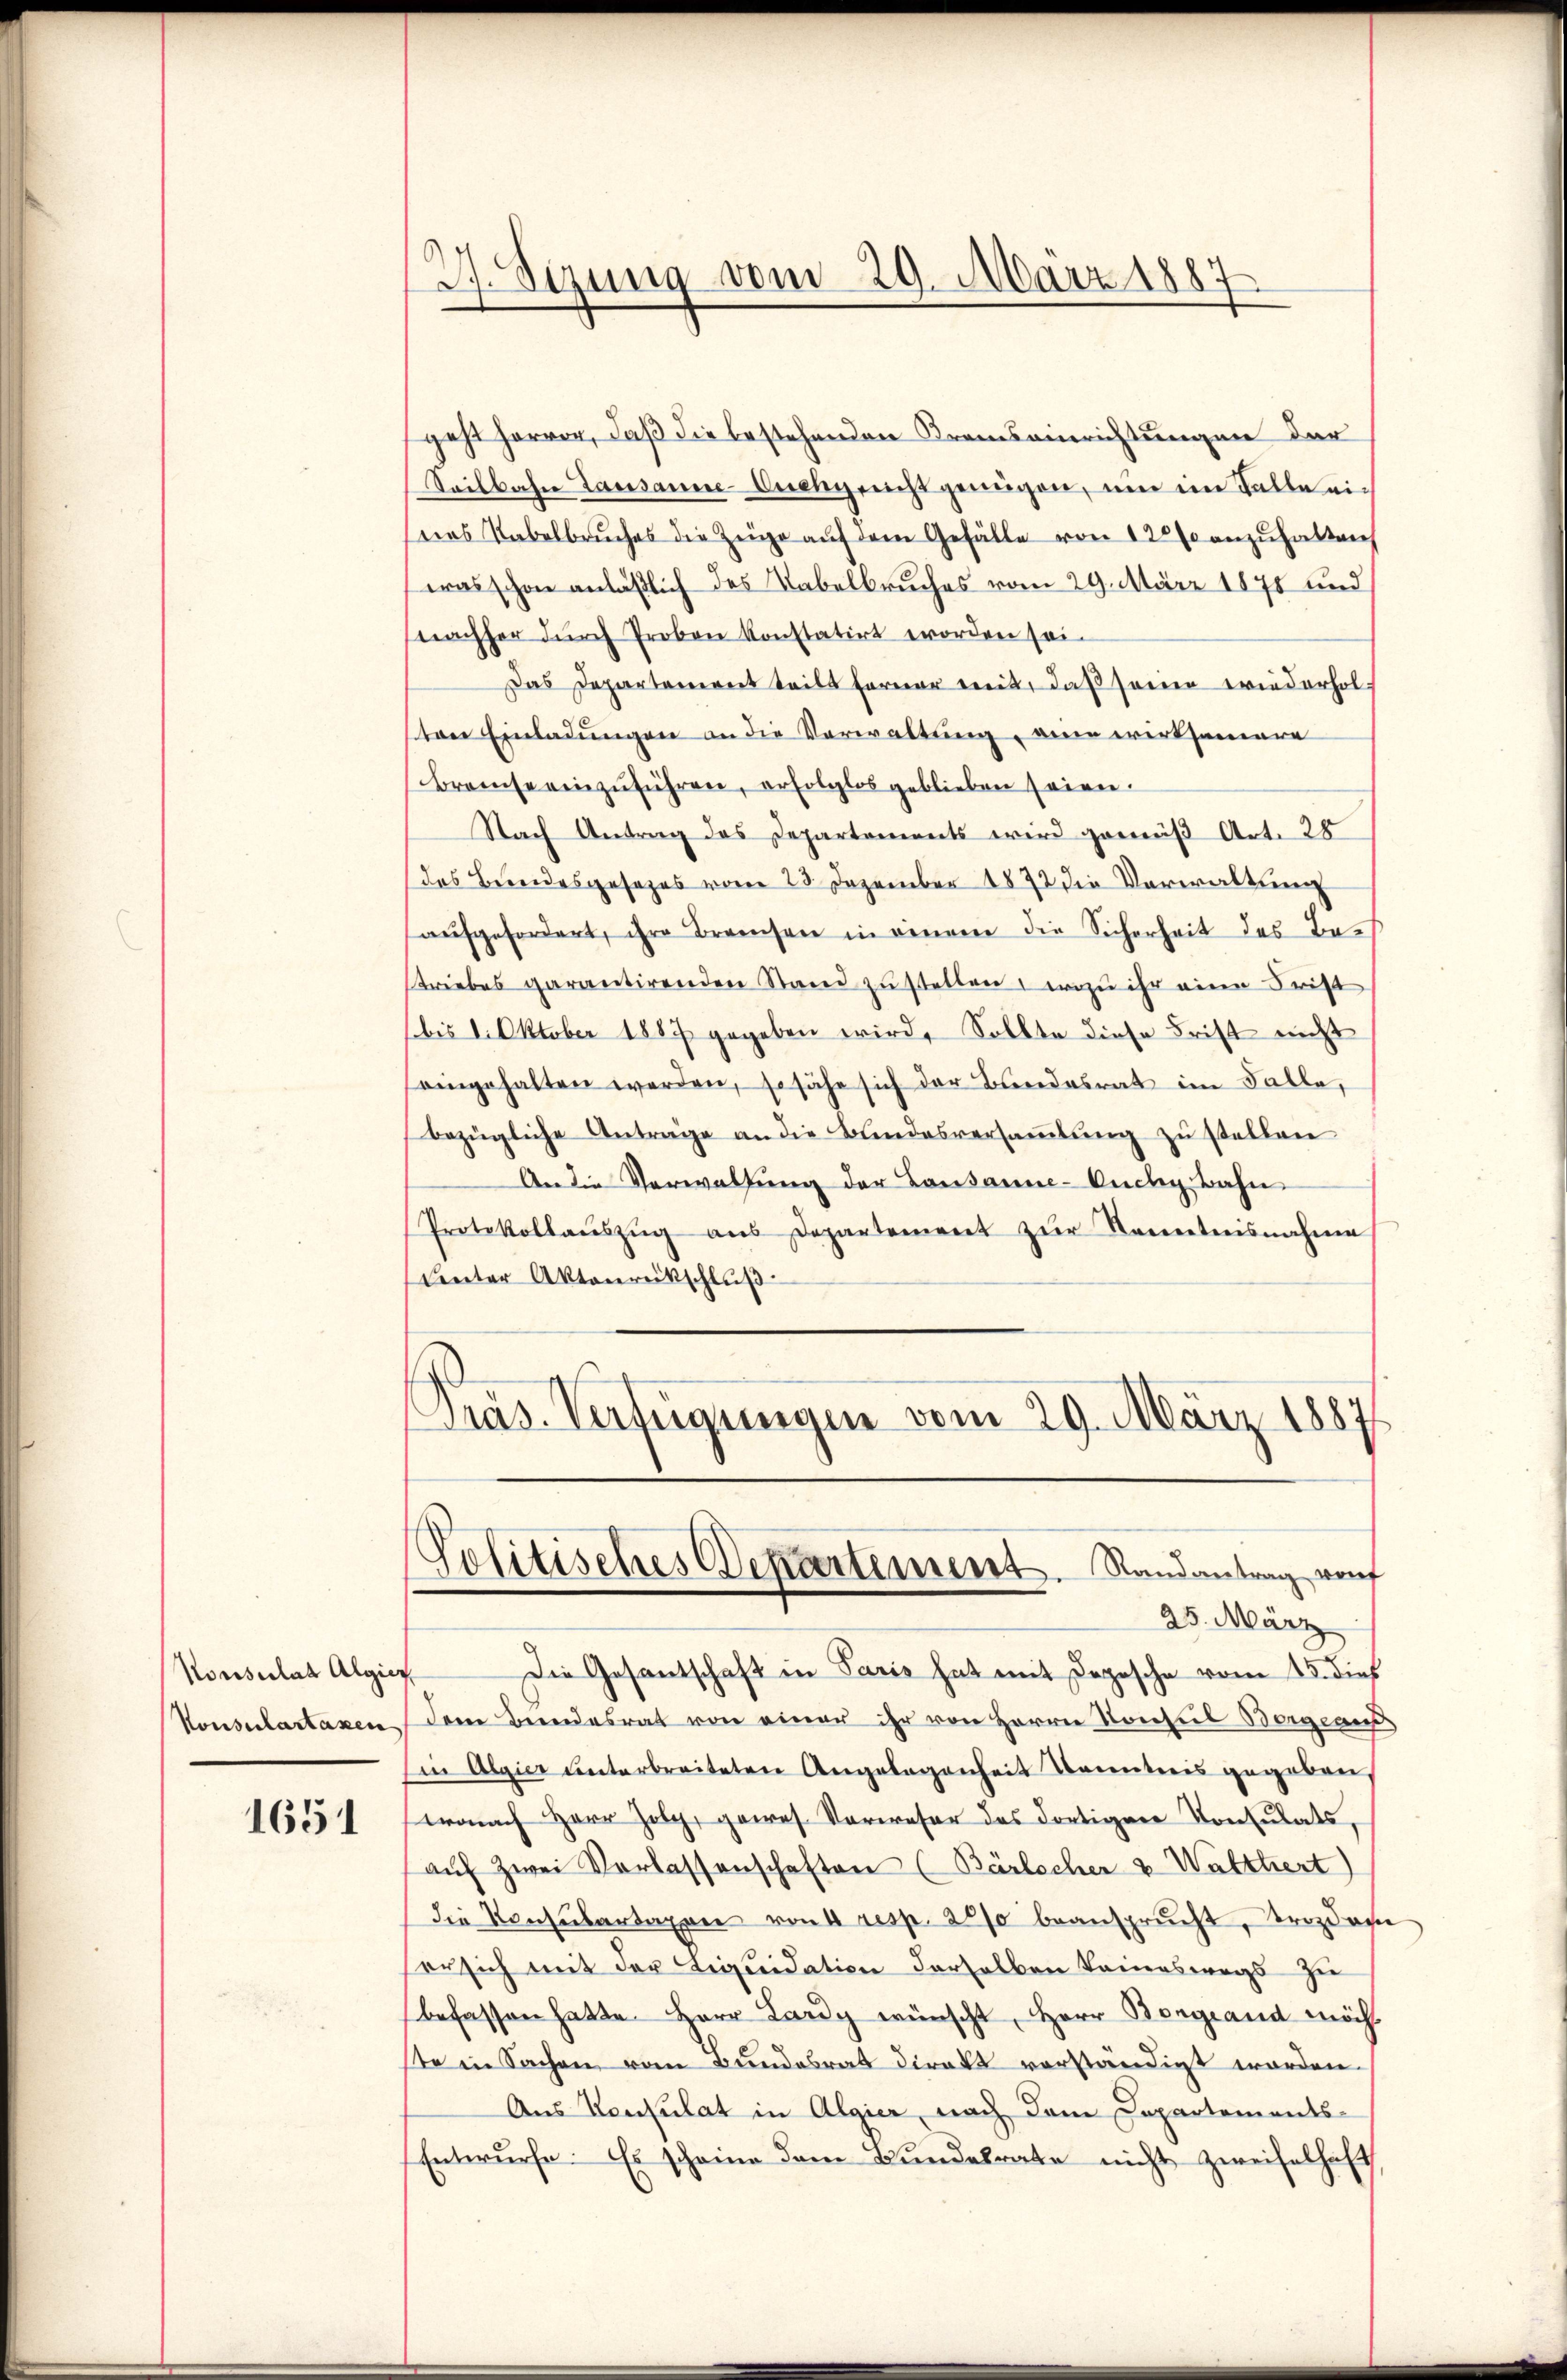
Konsulat Algier
Konsulartaxen

1651

geht hervor, daß die bestehenden Kramseinrichtungen der
Seilbahn Lausanne-Cuchy nicht genügen, um im Falle einas Tabelbruches die Zeige aŭf dem Gefälle von 12000 anzuhalten
was schon anläßlich des Tabelbruches vom 29. März 1878 und
nachher durch Proben konstatirt worden sei.
Das Departanereit teils ferner weit, daß seinen wiederholten Einladungen an die Verwaltung, eine wirksamere
Breise einzŭführen, erfolglos geblieben seien.
Nach Antrag des Departements wird gemäß Art. 25
des Bundesgesezes vom 23. Dezember 1872 die Verwaltung
aufgefordert, ihre Branchen in eingen die Sicherheit des Bach
striebes garantirenden Stand zustellen, wozu ihr eine Frist
bis 1. Oktober 1887 gegeben wird, Sollte diese Frist nicht
eingehalten werden, so sähe sich der Bundesrat im Falle,
bezügliche Anträge an die Bundesversaṁlŭng zŭ stellen
An die Verwaltung der Lausanne-Ouchy bahn
Protokollaŭszŭg aŭs Departement zŭr Kenntnisnahme
Unter Aktenrückschluß
Präs. Verfügungen vom 29. März 1887

s
.
d
sizung vom 29. März 1887

Politisches Dekartement. Randantrag, wof
25. März

Die Gesantschaft in Paris hat mit Depesche vom 23. dieß
dem Beendesrat von einer ihr von Herrn Konsul Borgeaus
in Algier unterbreiteten Angelegenheit Kenntnis gegeben
wonach Herr Holz, gewes. Vorweser des dortigen Konsulats,
aŭf zwei Verlassenschaften (Bärlocher v. Walttiert)
die Konsubartaxen von 4 resp. 20% beansprucht, Trozdam
ser sich mit der Liquidation derselben keineswegs zu
befassen hatte. Herr Lardy wünscht, Herr Borgiand möcht
ste in Sachen vom Bundesrat direkt vorständigt worden.
Aus Konsulat in Algier, nach dem Departements-
Entwurfe. Es scheine dem Bundesrate nicht zweifelhaft